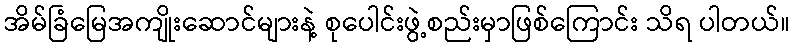
အိမ်ခြံမြေအကျိုးဆောင်များနဲ့ စုပေါင်းဖွဲ့စည်းမှာဖြစ်ကြောင်း သိရ ပါတယ်။